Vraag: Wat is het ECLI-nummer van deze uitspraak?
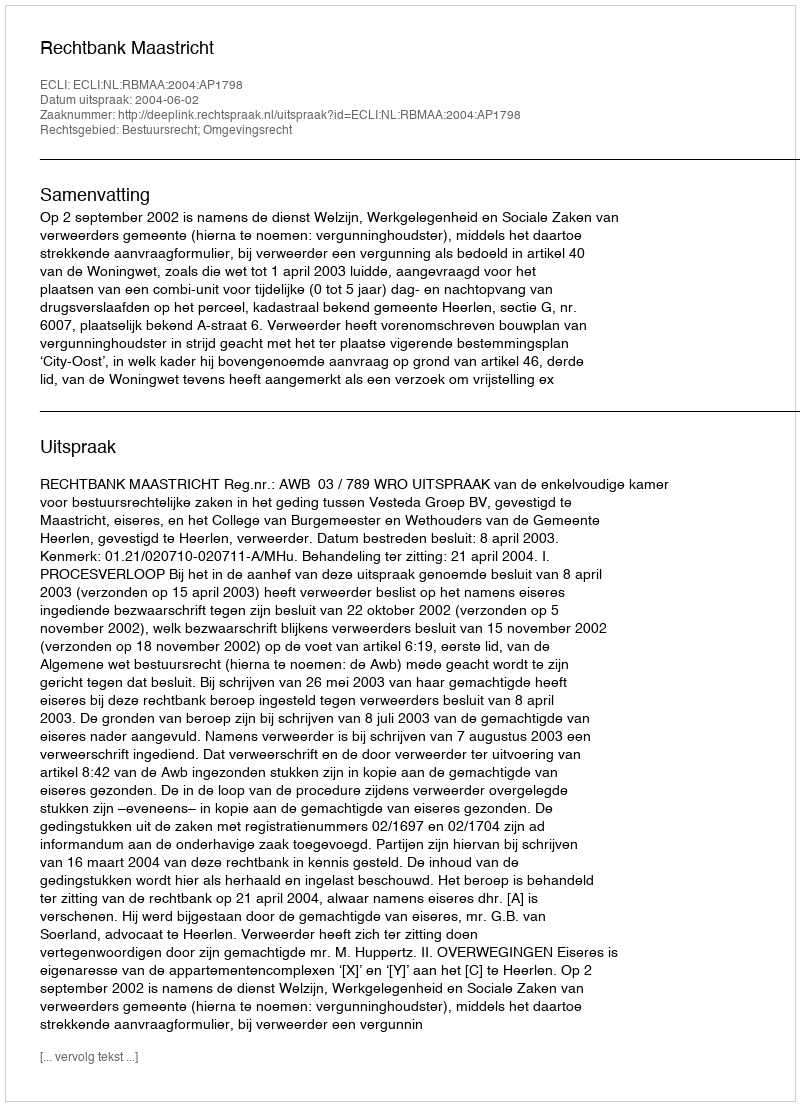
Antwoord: ECLI:NL:RBMAA:2004:AP1798